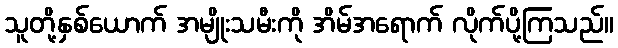
သူတို့နှစ်ယောက် အမျိုးသမီးကို အိမ်အရောက် လိုက်ပို့ကြသည်။